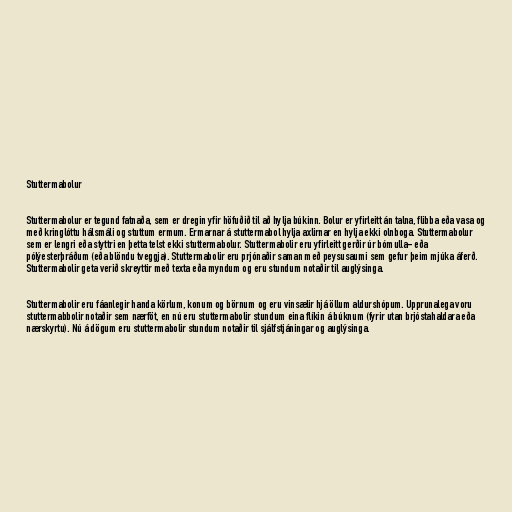
Stuttermabolur

Stuttermabolur er tegund fatnaða, sem er dregin yfir höfuðið til að hylja búkinn. Bolur er yfirleitt án talna, flibba eða vasa og
með kringlóttu hálsmáli og stuttum ermum. Ermarnar á stuttermabol hylja axlirnar en hylja ekki olnboga. Stuttermabolur
sem er lengri eða styttri en þetta telst ekki stuttermabolur. Stuttermabolir eru yfirleitt gerðir úr bómulla- eða
pólýesterþráðum (eða blöndu tveggja). Stuttermabolir eru prjónaðir saman með peysusaumi sem gefur þeim mjúka áferð.
Stuttermabolir geta verið skreyttir með texta eða myndum og eru stundum notaðir til auglýsinga.

Stuttermabolir eru fáanlegir handa körlum, konum og börnum og eru vinsælir hjá öllum aldurshópum. Upprunalega voru
stuttermabbolir notaðir sem nærföt, en nú eru stuttermabolir stundum eina flíkin á búknum (fyrir utan brjóstahaldara eða
nærskyrtu). Nú á dögum eru stuttermabolir stundum notaðir til sjálfstjáningar og auglýsinga.